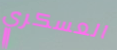
العسكري